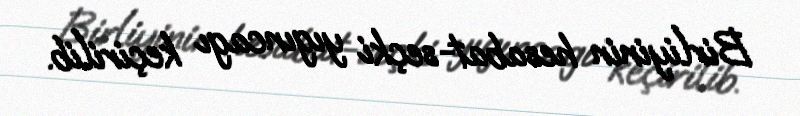
Birliyinin hesabat-seçki yıgıncagı keçirilib.